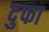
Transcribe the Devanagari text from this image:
दुफा